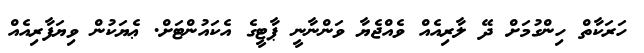
ހަރަކާތް ހިންގުމަށް ދޭ ލާރިއެއް ވެއްޖެޔާ ވަންނާނީ ޕާޓީގެ އެކައުންޓަށް. ޢެޔަކުން ވިޔަފާރިއެއް